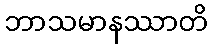
ဘာသမာနဿာတိ